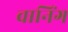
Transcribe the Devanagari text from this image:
वानिंग